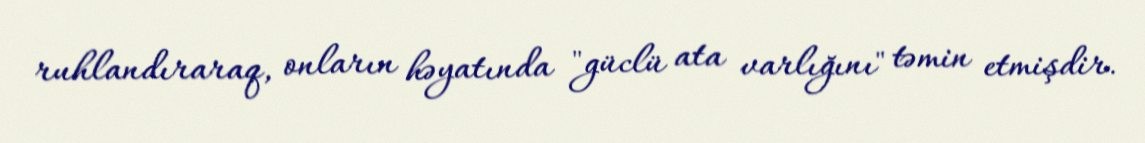
ruhlandıraraq, onların həyatında "güclü ata varlığını" təmin etmişdir.